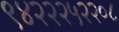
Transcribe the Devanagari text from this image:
९४२२२५२२०८